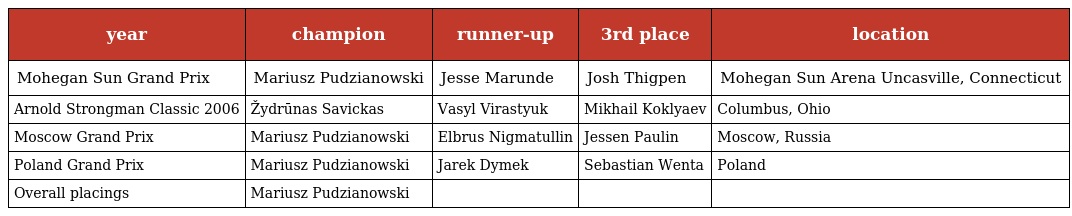
| year | champion | runner-up | 3rd place | location |
 | --- | --- | --- | --- | --- |
 | Mohegan Sun Grand Prix | Mariusz Pudzianowski | Jesse Marunde | Josh Thigpen | Mohegan Sun Arena Uncasville, Connecticut |
 | Arnold Strongman Classic 2006 | Žydrūnas Savickas | Vasyl Virastyuk | Mikhail Koklyaev | Columbus, Ohio |
 | Moscow Grand Prix | Mariusz Pudzianowski | Elbrus Nigmatullin | Jessen Paulin | Moscow, Russia |
 | Poland Grand Prix | Mariusz Pudzianowski | Jarek Dymek | Sebastian Wenta | Poland |
 | Overall placings | Mariusz Pudzianowski |  |  |  |